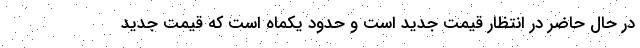
در حال حاضر در انتظار قیمت جدید است و حدود یکماه است که قیمت جدید